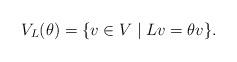
LaTeX: \begin{gather*}V_L(\theta)=\{v\in V\mid Lv=\theta v\}.\end{gather*}